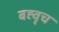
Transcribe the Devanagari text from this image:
बह्वृच